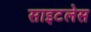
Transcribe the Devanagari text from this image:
साइटलेस